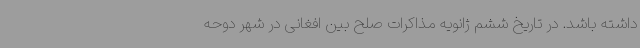
داشته باشد. در تاریخ ششم ژانویه مذاکرات صلح بین افغانی در شهر دوحه